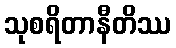
သုစရိတာနီတိဿ